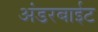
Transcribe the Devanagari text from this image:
अंडरबाईट